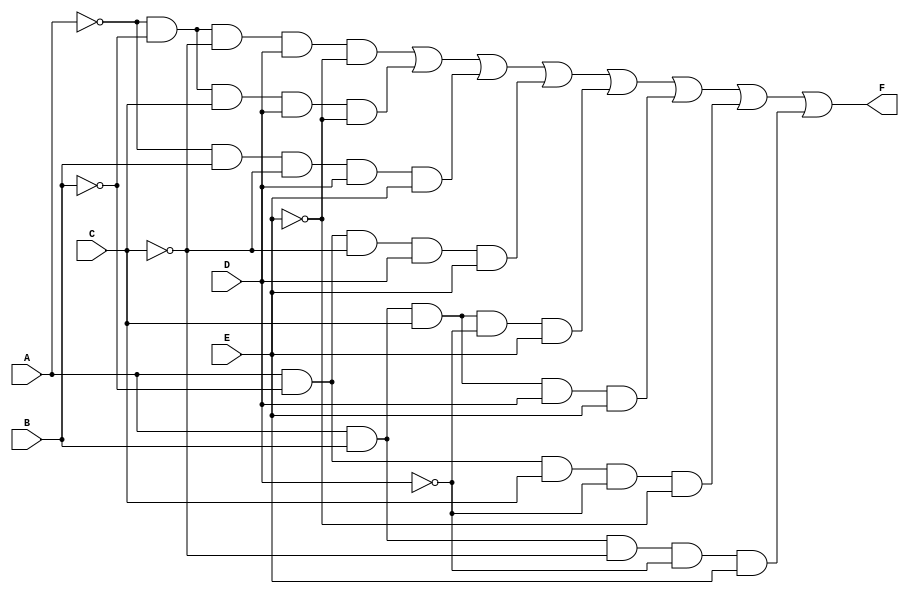
module five_variable_kmap (
    input wire A,  // Input variable A
    input wire B,  // Input variable B
    input wire C,  // Input variable C
    input wire D,  // Input variable D
    input wire E,  // Input variable E
    output wire F  // Output function based on K-map
);

// Internal signals for product terms
wire term1, term2, term3, term4, term5, term6, term7, term8;

// Example minterm simplifications based on K-map grouping
assign term1 = (~A & ~B & ~C & D & ~E);  // Minterm 0
assign term2 = (~A & ~B & C & D & ~E);   // Minterm 1
assign term3 = (~A & B & ~C & D & E);    // Minterm 6
assign term4 = (A & ~B & ~C & D & E);     // Minterm 8
assign term5 = (A & B & C & ~D & E);      // Minterm 14
assign term6 = (A & B & C & D & E);       // Minterm 31
assign term7 = (A & ~B & C & ~D & ~E);    // Minterm 10
assign term8 = (A & B & ~C & ~D & E);     // Minterm 12

// Combining terms for final output F
assign F = term1 | term2 | term3 | term4 | term5 | term6 | term7 | term8;

endmodule